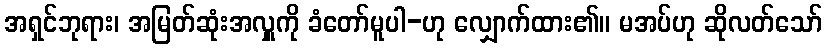
အရှင်ဘုရား၊ အမြတ်ဆုံးအလှူကို ခံတော်မူပါ-ဟု လျှောက်ထား၏။ မအပ်ဟု ဆိုလတ်သော်